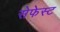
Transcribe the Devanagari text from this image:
सेफेस्ट